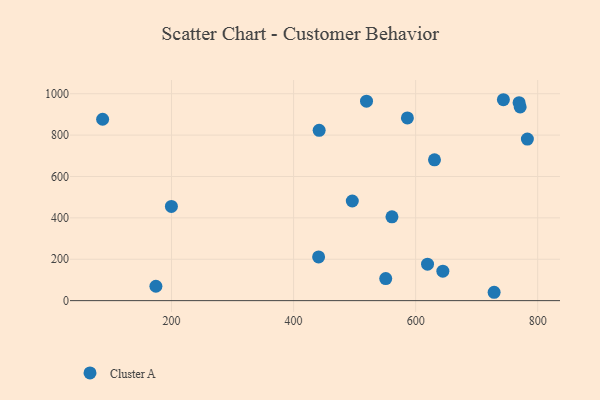
{"axis": {"x": "Speed", "y": "Sales"}, "legend": ["Cluster A"], "data": [{"x": "87.1", "y": 876.6, "type": "Cluster A"}, {"x": "630.9", "y": 680.7, "type": "Cluster A"}, {"x": "644.6", "y": 142.4, "type": "Cluster A"}, {"x": "441.0", "y": 211.1, "type": "Cluster A"}, {"x": "743.8", "y": 971.0, "type": "Cluster A"}, {"x": "769.5", "y": 956.8, "type": "Cluster A"}, {"x": "519.5", "y": 964.1, "type": "Cluster A"}, {"x": "441.9", "y": 823.3, "type": "Cluster A"}, {"x": "199.8", "y": 455.1, "type": "Cluster A"}, {"x": "561.2", "y": 405.1, "type": "Cluster A"}, {"x": "496.2", "y": 481.6, "type": "Cluster A"}, {"x": "771.3", "y": 936.3, "type": "Cluster A"}, {"x": "586.5", "y": 883.1, "type": "Cluster A"}, {"x": "619.5", "y": 176.0, "type": "Cluster A"}, {"x": "728.6", "y": 40.4, "type": "Cluster A"}, {"x": "783.1", "y": 780.7, "type": "Cluster A"}, {"x": "551.0", "y": 106.7, "type": "Cluster A"}, {"x": "174.4", "y": 69.5, "type": "Cluster A"}]}